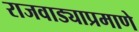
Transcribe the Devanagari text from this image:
राजवाड्याप्रमाणे